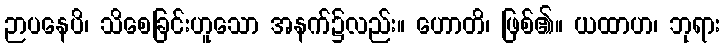
ဉာပနေပိ၊ သိစေခြင်းဟူသော အနက်၌လည်း။ ဟောတိ၊ ဖြစ်၏။ ယထာဟ၊ ဘုရား